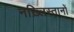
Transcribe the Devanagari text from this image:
नख़्लिस्तानों